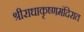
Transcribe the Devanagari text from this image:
श्रीराधाकृष्णमंदिरात